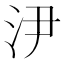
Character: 𣲫